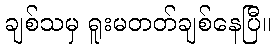
ချစ်သမှ ရူးမတတ်ချစ်နေပြီ။